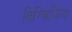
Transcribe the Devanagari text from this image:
दिग्विजिय